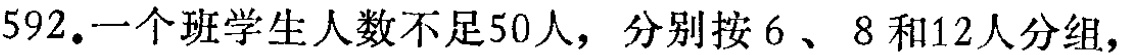
592.一个班学生人数不足50人，分别按6、8和12人分组，